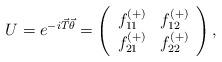
LaTeX: \begin{align*}U=e^{-i\vec{T}\vec{\theta}}=\left( \begin{array}{ll}f^{(+)}_{11} & f^{(+)}_{12} \\ f^{(+)}_{21} & f^{(+)}_{22} \end{array} \right),\end{align*}